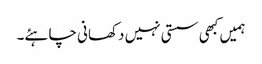
ہمیں کبھی سستی نہیں دکھانی چاہئے۔